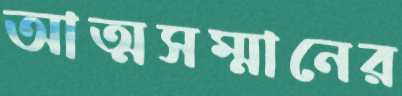
আত্মসম্মানের